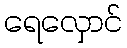
ရေလှောင်